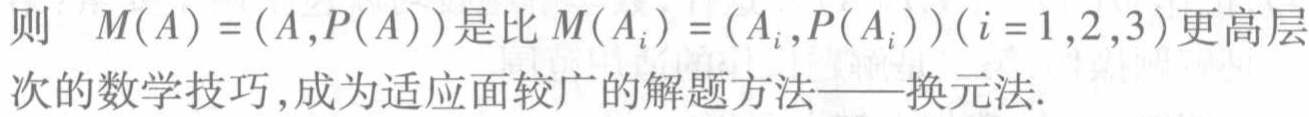
则 \(M(A)=(A,P(A))\)是比 \(M(A_{i})=(A_{i},P(A_{i}))(i = 1,2,3)\)更高层次的数学技巧,成为适应面较广的解题方法——换元法.